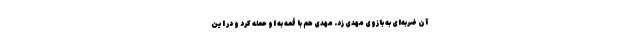
آن ضربه‌ای به بازوی مهدی زد. مهدی هم با قمه به او حمله کرد و در این